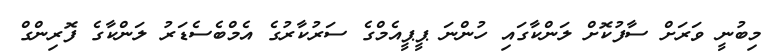
މިބުނީ ވަރަށް ސާފުކޮށް ލަންކާގައި ހުންނަ ޕީޕީއެމްގެ ސަރުކާރުގެ އެމްބެސެޑަރު ލަންކާގެ ފޮރިންގް